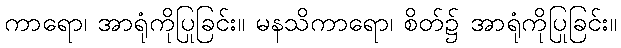
ကာရော၊ အာရုံကိုပြုခြင်း။ မနသိကာရော၊ စိတ်၌ အာရုံကိုပြုခြင်း။